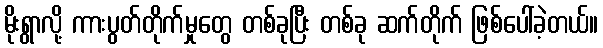
မိုးရွာလို့ ကားပွတ်တိုက်မှုတွေ တစ်ခုပြီး တစ်ခု ဆက်တိုက် ဖြစ်ပေါ်ခဲ့တယ်။